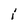
Character: i